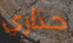
حذاري